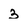
Character: 3